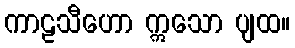
ကာဠသီဟော ဣသော ပျထ။